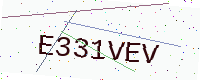
Text: E331VEV